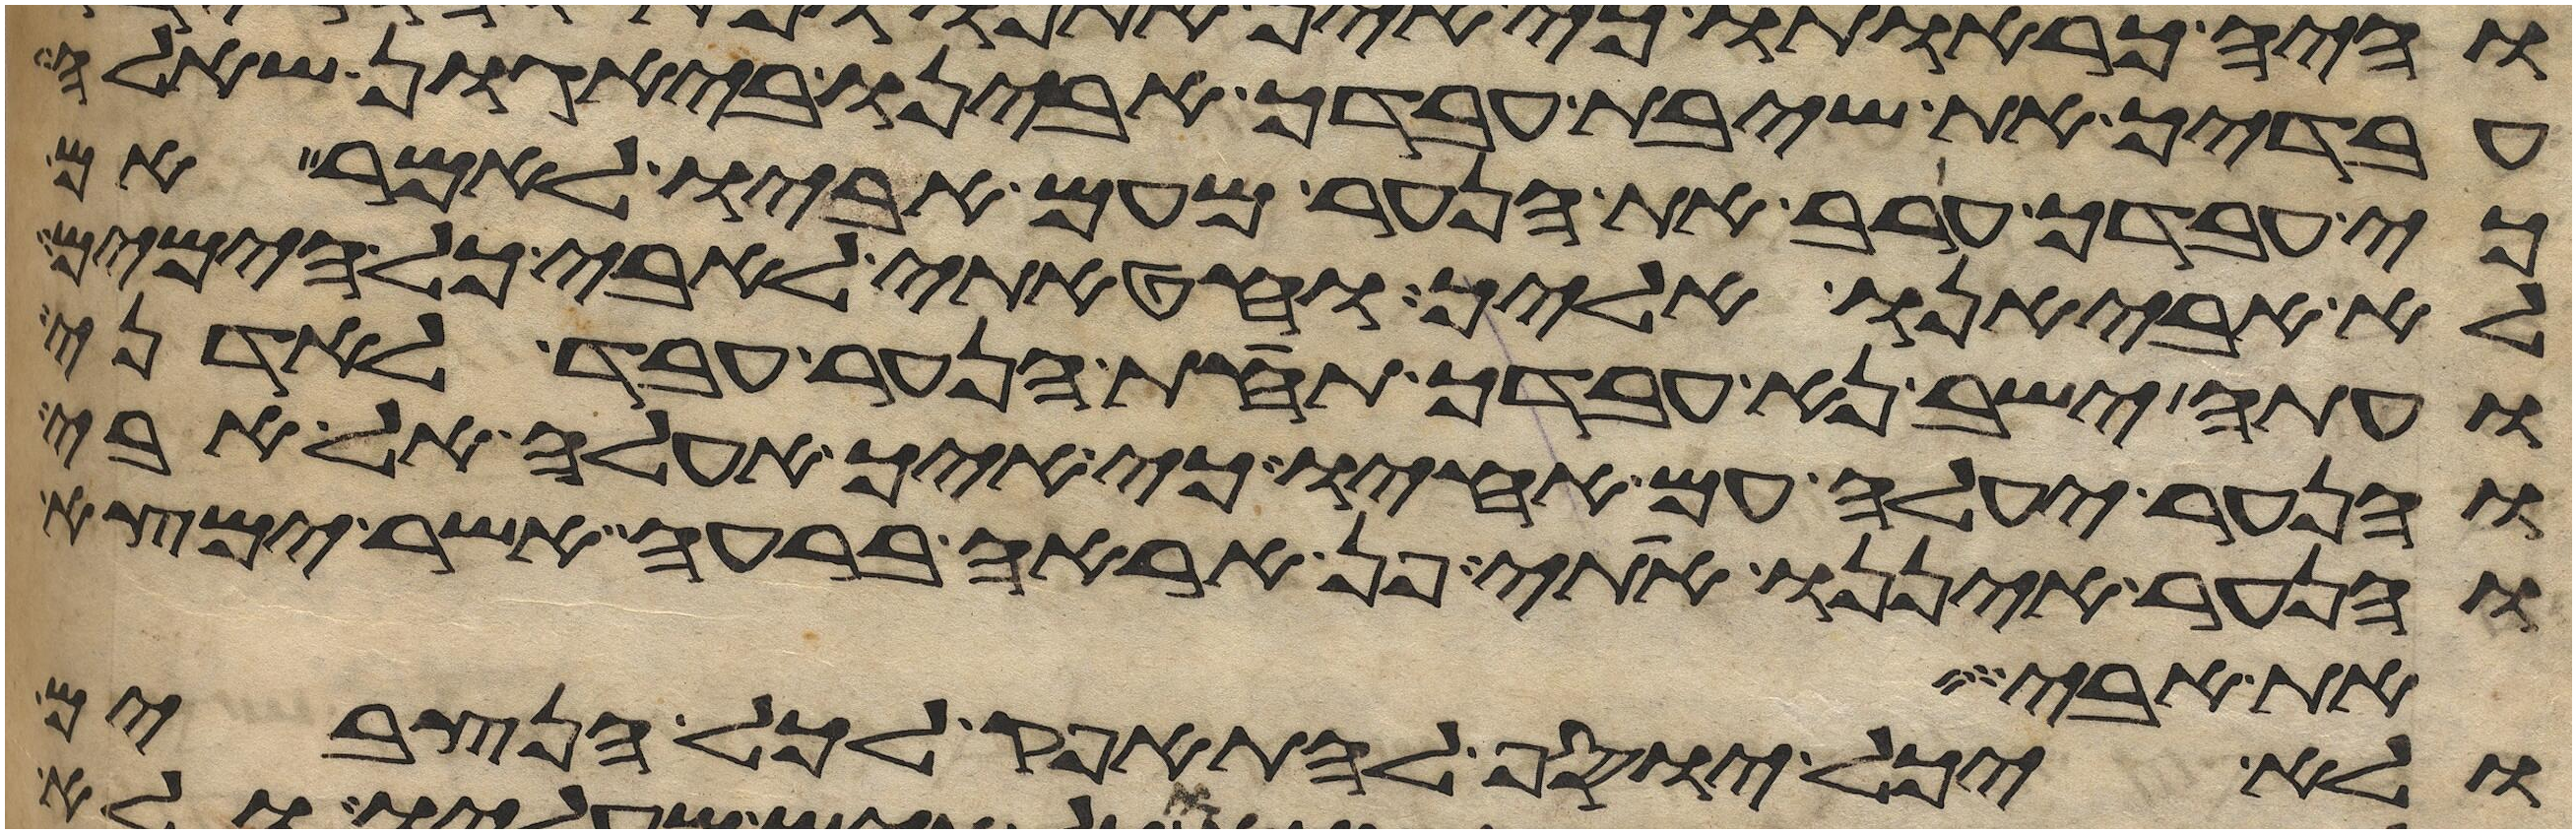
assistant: עבדיך את שיבת עבדך אבינו ביגון שאלה
כי עבדך ערב את הנער מעם אביו לאמר אם
לא אביאנו אליך וחטאתי לאבי כל הימים
ועתה ישב נא עבדך תחת הנער עבד לאדני
והנער יעלה עם אחיו כי איך אעלה אל אבי
והנער איננו אתי פן אראה ברעה אשר ימצא
את אחרי
ולא יכל יוסף להתאפק לכל הנצבים